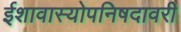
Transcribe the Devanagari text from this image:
ईशावास्योपनिषदावरी